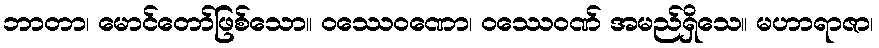
ဘာတာ၊ မောင်တော်ဖြစ်သော။ ဝဿေဝဏော၊ ဝဿေဝဏ် အမည်ရှိသေ။ မဟာရာဇာ၊